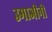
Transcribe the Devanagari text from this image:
उमाजीनी